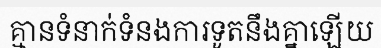
គ្មានទំនាក់ទំនងការទូតនឹងគ្នាឡើយ